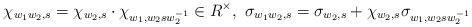
LaTeX: \begin{align*}\chi_{w_1w_2,s}=\chi_{w_2,s}\cdot \chi_{w_1,w_2sw_2^{-1}}\in R^\times,~\sigma_{w_1w_2,s}=\sigma_{w_2,s}+\chi_{w_2,s}\sigma_{w_1,w_2sw_2^{-1}}\end{align*}